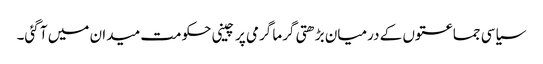
سیاسی جماعتوں کے درمیان بڑھتی گرما گرمی پر چینی حکومت میدان میں آ گئی۔